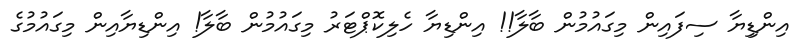
އިންޑިިޔާ ސިފައިން މިގައުމުން ބާލާ!! އިންޑިޔާ ހެލިކޮޕްޓަރު މިގައުމުން ބާލާ! އިންޑިޔާއިން މިގައުމުގެ